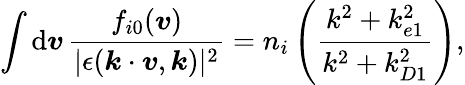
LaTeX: \int\mathrm{d}\boldsymbol{v}\, \frac{f_{i0}(\boldsymbol{v})}{|\epsilon(\boldsymbol{k}\cdot\boldsymbol{v},\boldsymbol{k})|^{2}}=n_{i}\left(\frac{k^{2}+k_{e1}^{2}}{k^{2}+k_{D1}^{2}}\right),